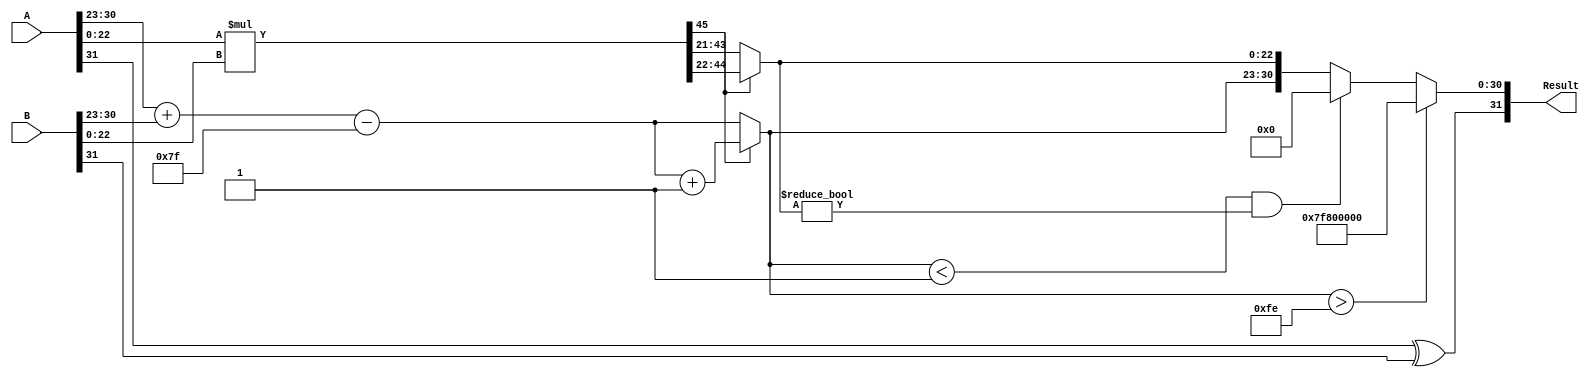
module FloatingPointMultiplier (
    input  wire [31:0] A,       // First 32-bit floating point number
    input  wire [31:0] B,       // Second 32-bit floating point number
    output wire [31:0] Result    // Resulting 32-bit floating point product
);

    // Decomposing inputs A and B to sign, exponent, and fraction
    wire S_A = A[31];
    wire [7:0] E_A = A[30:23];
    wire [22:0] F_A = {1'b1, A[22:0]}; // adding implicit leading 1 for normalized numbers
    
    wire S_B = B[31];
    wire [7:0] E_B = B[30:23];
    wire [22:0] F_B = {1'b1, B[22:0]}; // adding implicit leading 1 for normalized numbers
    
    // Sign of the result
    wire S_R = S_A ^ S_B; // XOR operation for result sign

    // Exponent calculation
    wire [8:0] E_R_pre = {1'b0, E_A} + {1'b0, E_B} - 8'd127; // Add exponents and subtract bias
    wire [7:0] E_R = E_R_pre[7:0]; // Select lower 8 bits

    // Fraction multiplication
    wire [45:0] F_R_unsigned; // To hold the result of F_A * F_B (23 + 23 = 46 bits)
    assign F_R_unsigned = F_A * F_B;

    // Normalization and rounding
    reg [22:0] F_R;
    reg [7:0] E_R_final;
    reg overflow, underflow;

    always @(*) begin
        // Check for normalization
        if (F_R_unsigned[45]) begin
            // Normalized case: Shift right once and increment exponent
            F_R = F_R_unsigned[44:22]; // 23 bits
            E_R_final = E_R + 1;
        end else begin
            // Denormalized or non-normalized case
            F_R = F_R_unsigned[43:21]; // potentially need more checking here
            E_R_final = E_R; // No adjustment needed
        end

        // Overflow and Underflow handling
        overflow = (E_R_final > 8'd254);
        underflow = (E_R_final < 8'd1 && F_R != 0);

        // Final result assembly
        if (overflow) begin
            Result = {S_R, 8'b11111111, 23'b0}; // Set to infinity
        end else if (underflow) begin
            Result = {S_R, 8'b0, 23'b0}; // Set to zero
        end else begin
            Result = {S_R, E_R_final, F_R}; // Normal finite number
        end
    end
endmodule